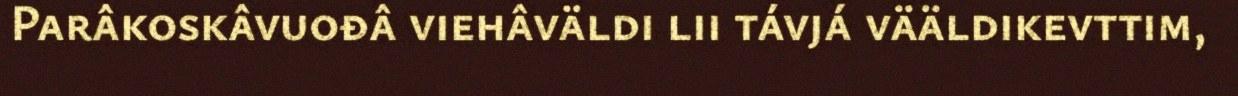
Parâkoskâvuođâ viehâväldi lii távjá vääldikevttim,